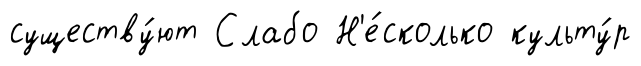
существу́ют Слабо Н'е́сколько культу́р